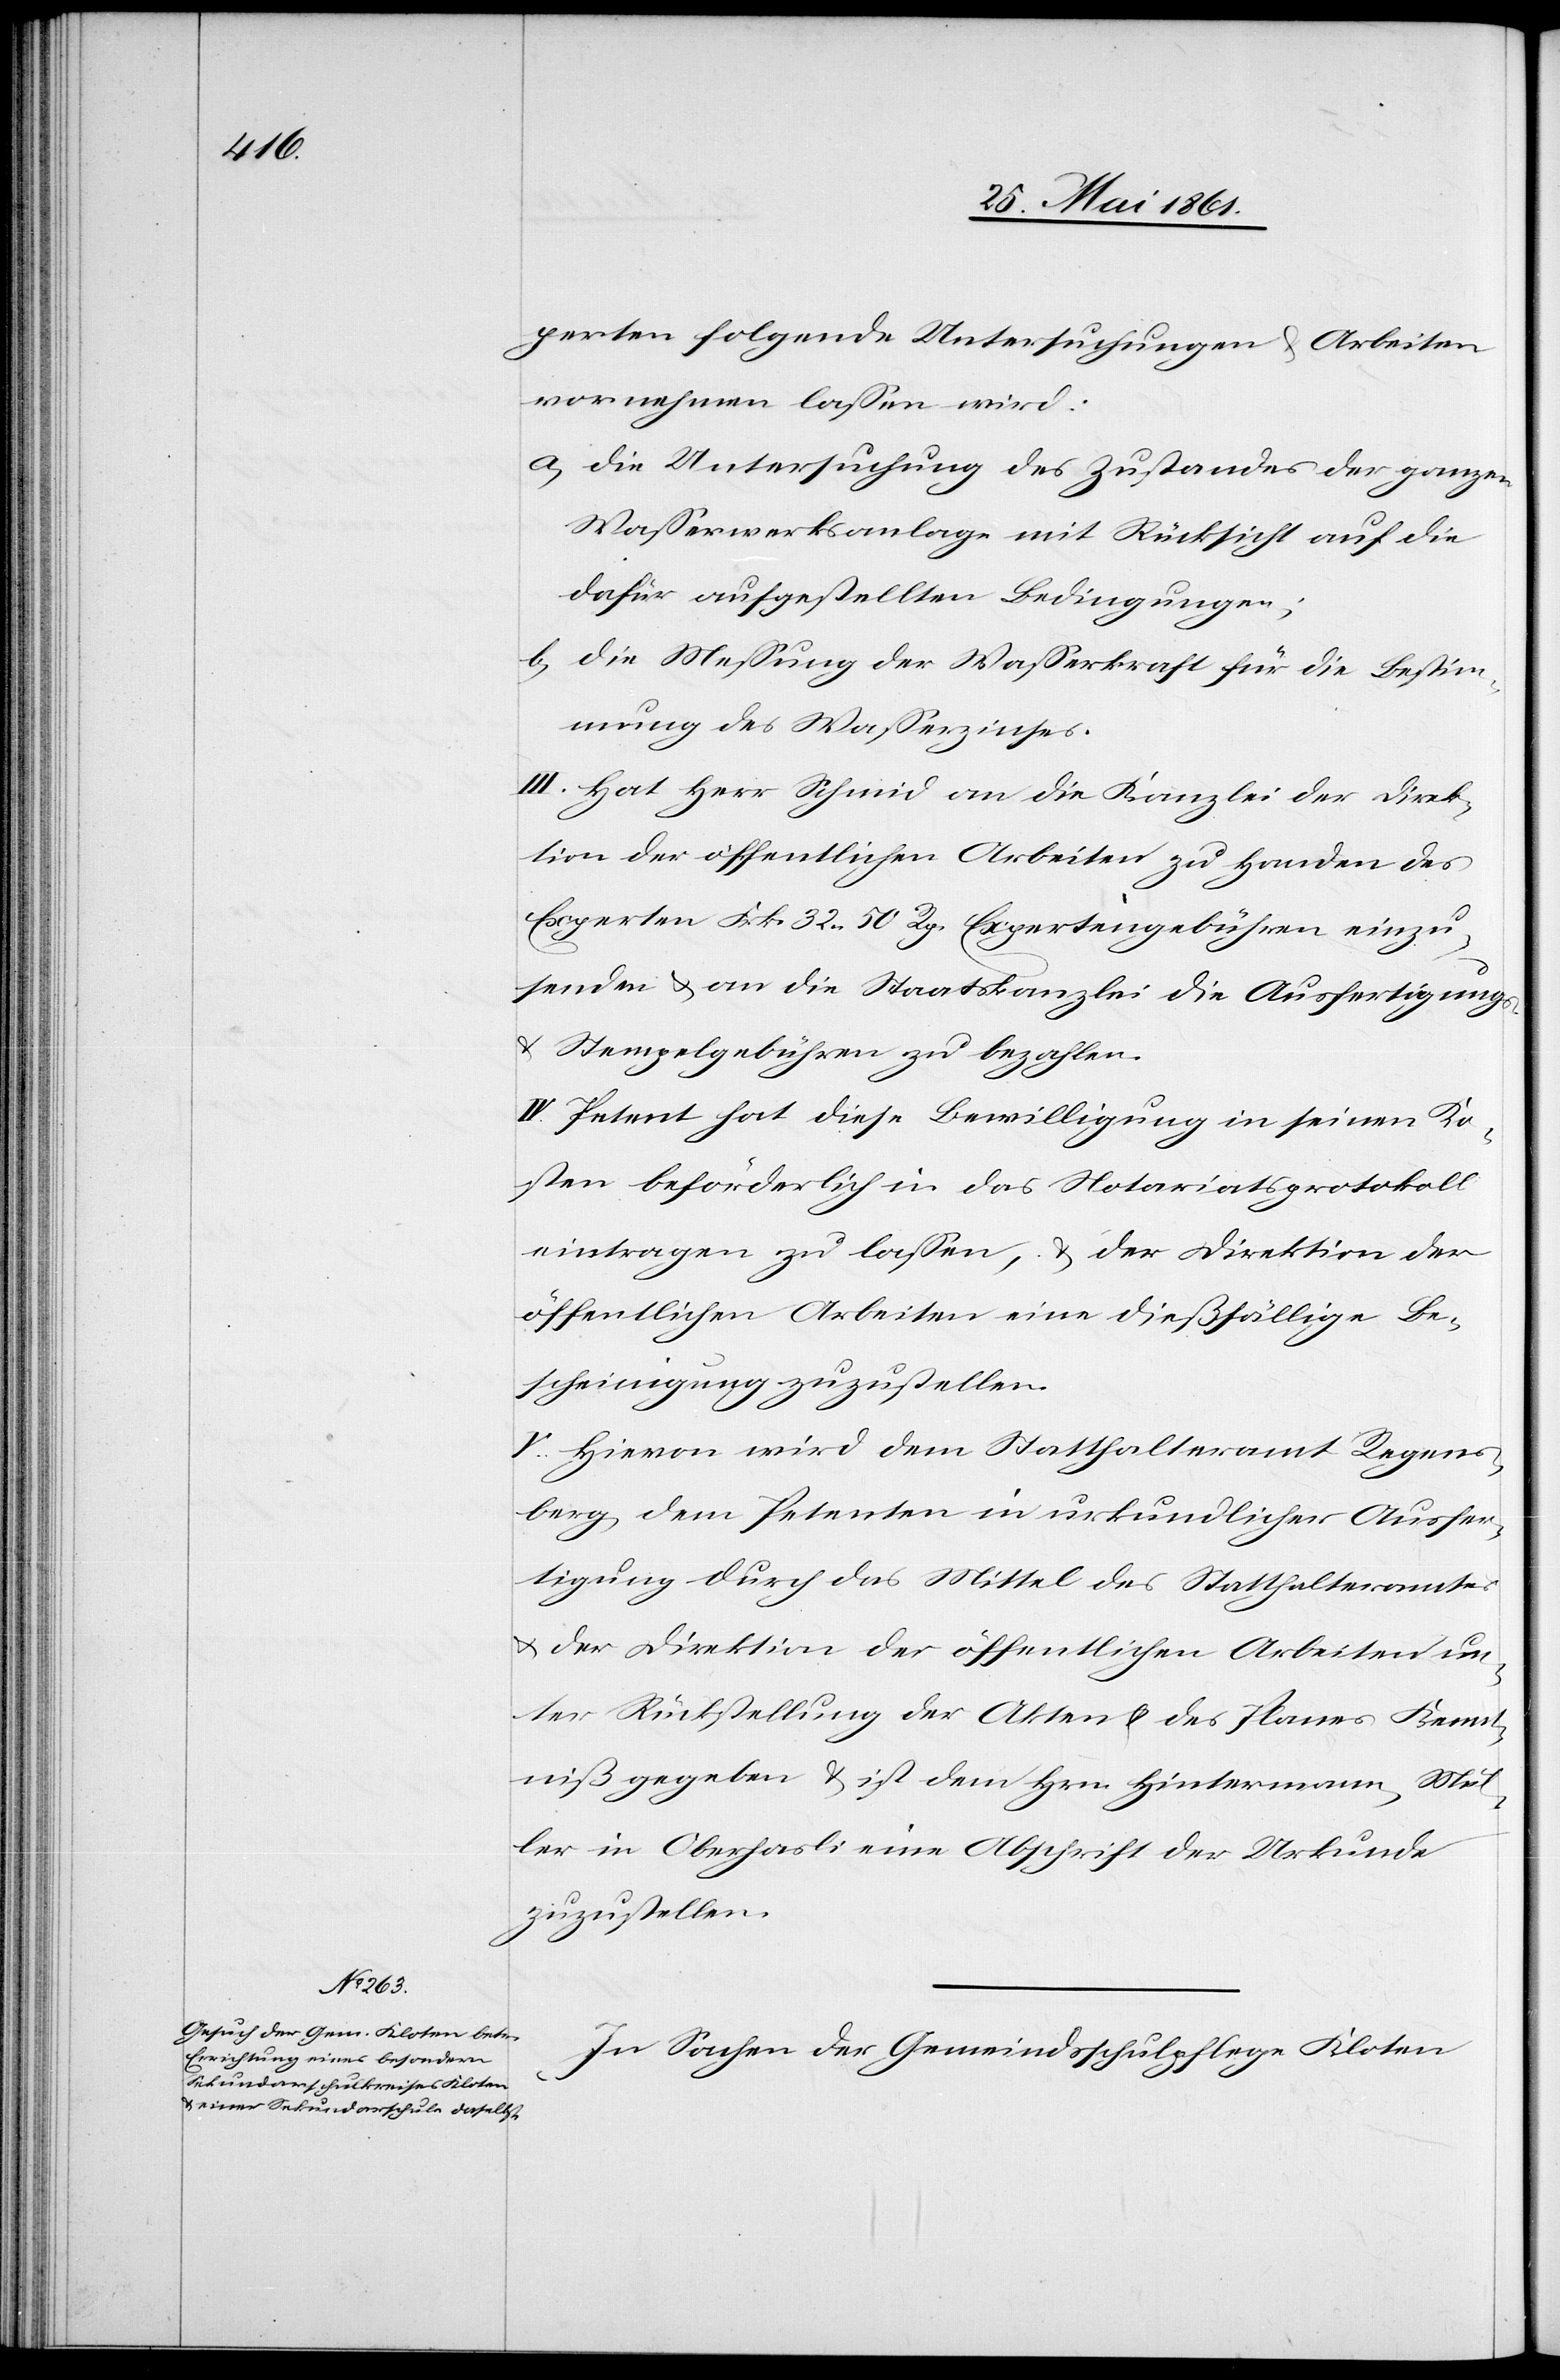
perten folgende Untersuchungen u. Arbeiten
vornehmen lassen wird:
a) Die Untersuchung des Zustandes der ganzen
Wasserwerksanlage mit Rücksicht auf die
dafür aufgestellten Bedingungen;
b) Die Messung der Wasserkraft für die Bestim¬
mung des Wasserzinses.
III. Hat Herr Schmid an die Kanzlei der Direk¬
tion der öffentlichen Arbeiten zu Handen des
Experten Frk. 32. 50 Rp. Expertengebühren einzu¬
senden u. an die Staatskanzlei die Ausfertigungs-
u. Stempelgebühren zu bezahlen.
IV. Petent hat diese Bewilligung in seinen Ko¬
sten beförderlich in das Notariatsprotokoll
eintragen zu lassen, u. der Direktion der
öffentlichen Arbeiten eine dießfällige Be¬
scheinigung zuzustellen.
In Sachen der Gemeindsschulpflege Kloten